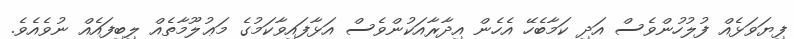
ފިޔަވަޅެއް ފުލުހުންވެސް އަދި ކަމާބެހޭ އެހެން އިދާރާއަކުންވެސް އަޅާފައިވާކަމުގެ މަޢުލޫމާތެއް ލިބިފައެއް ނުވެއެވެ.